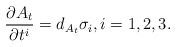
\begin{gather*}\frac{\partial A_t}{\partial t^i}=d_{A_t}\sigma_i,i=1,2,3.\end{gather*}